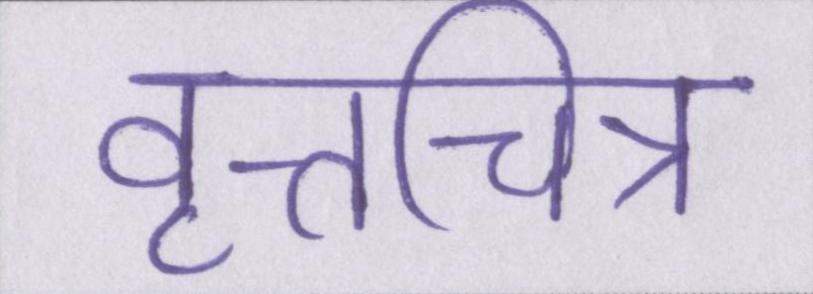
वृत्तचित्र